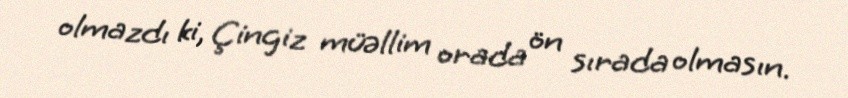
olmazdı ki, Çingiz müəllim orada ön sırada olmasın.